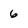
Character: 6